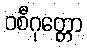
ဝစီဂုတ္တော